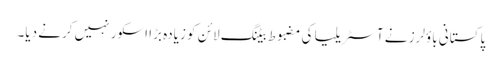
پاکستانی باؤلرز نے آسٹریلیا کی مضبوط بیٹنگ لائن کو زیادہ بڑا اسکور نہیں کرنے دیا۔